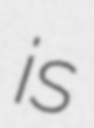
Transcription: is